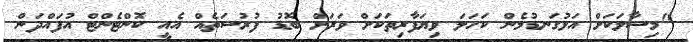
"މިސާލަކަށް އަޅުގަނޑުމެން ކަހަލަ ވިޔަފާރިތަކަށް ވަރަށް ބޮޑު ފުރުސަތެއް އެއީ ކޮންޓެންޓް އުފައްދަން